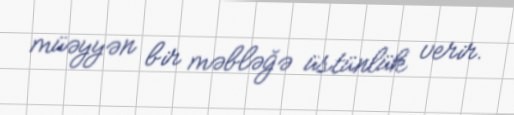
müəyyən bir məbləğə üstünlük verir.